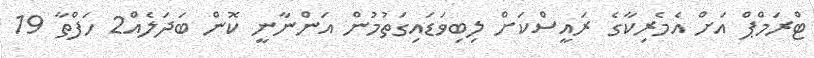
ޓްރަމްޕް އަށް އެމެރިކާގެ ރައީސްކަށް ލިބިވަޑައިގަތުމުން އަންނާނީ ކޮން ބަދަލެއް2 ހަފްތާ 19